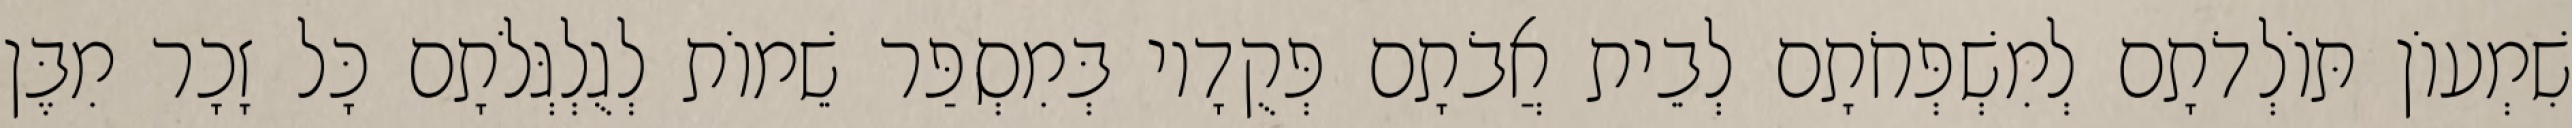
שִׁמְעוֹן תּוֹלְדֹתָם לְמִשְׁפְּחֹתָם לְבֵית אֲבֹתָם פְּקֻדָיו בְּמִסְפַּר שֵׁמוֹת לְגֻלְגְּלֹתָם כָּל זָכָר מִבֶּן